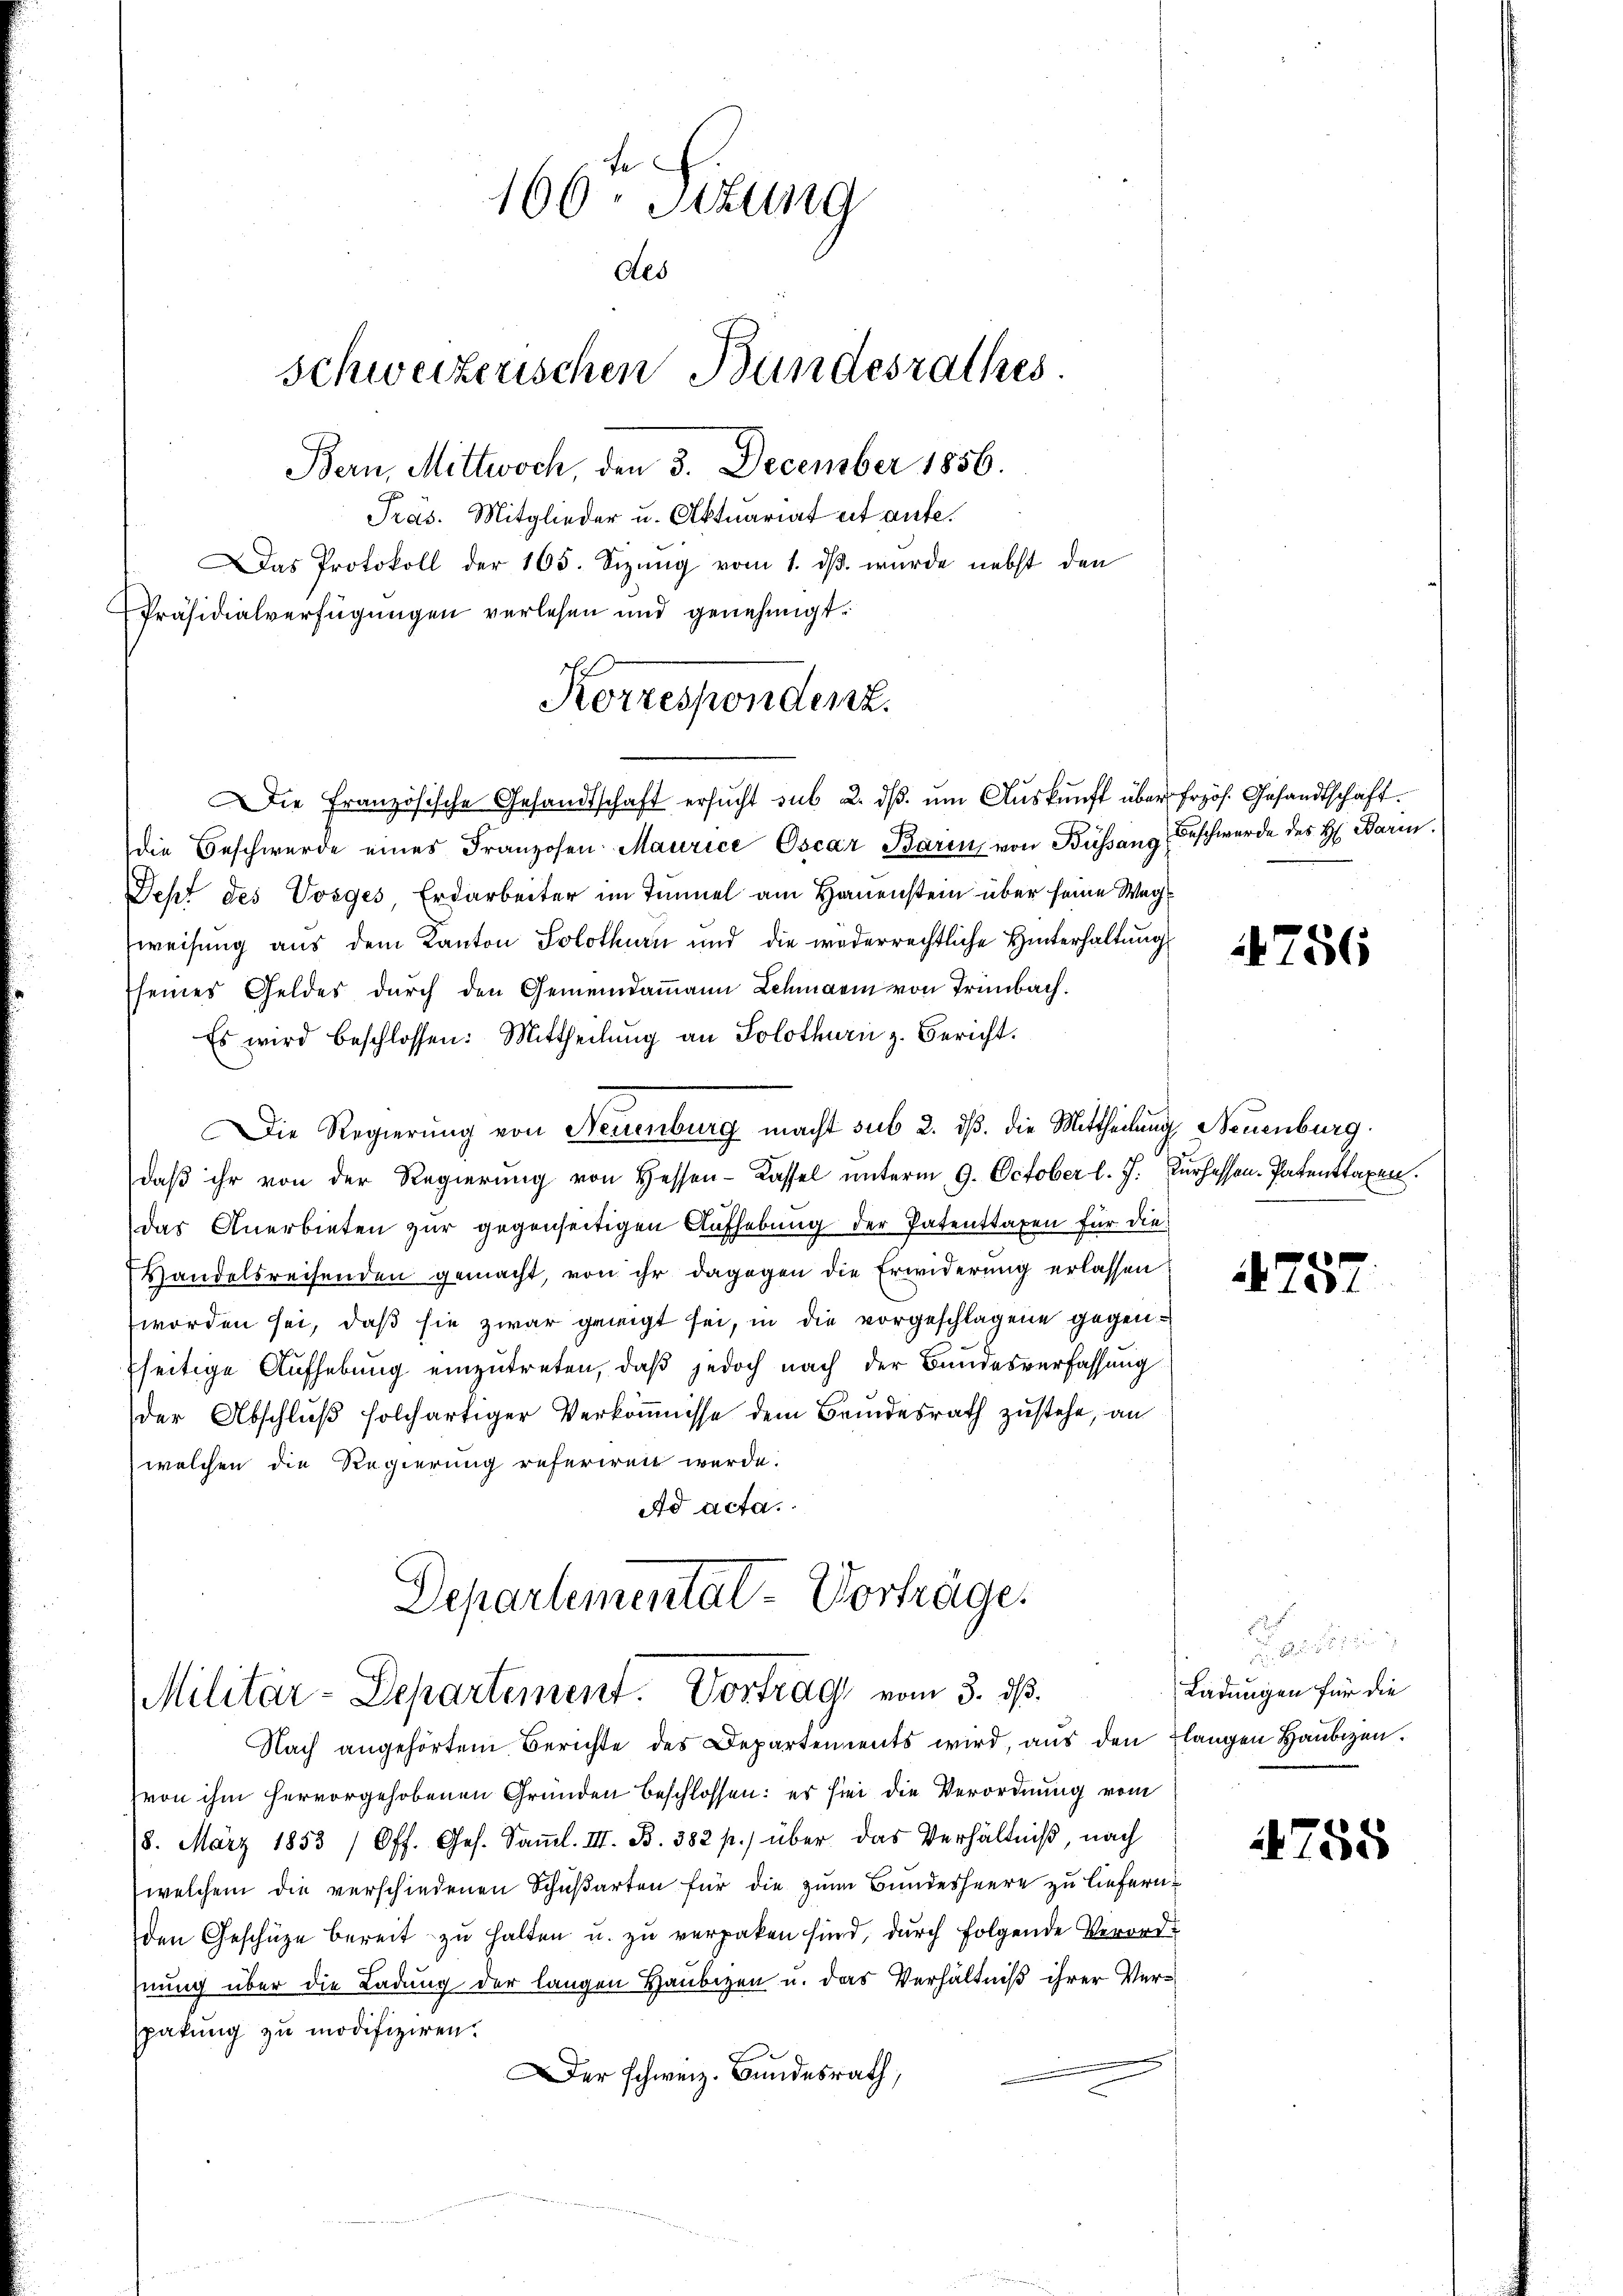
166. Sittung
Als
schweizerischen Bundesrathes.
Bern, Mittwoch, den 3. December 1856.
Pras. Mitglieder u. Aktuariat et aufe.
Das Protokoll der 165. Sizŭng vom 1. dβ. wurde nebst den
Präsidialverfügungen verlesen und genehmigt.

Die Französische Gesandtschaft ersŭcht sub 2. dβ. ŭm Aŭskŭnft über frzös. Gesandtschaft.
die Beschwerde eines Franzosen Maurice Oscar Barin, von Büssang
Jeht des Vorges Erdarbeiter im Tunnel am Hauenstein über seine Wegweisung aus dem Kanton Solothurn und die wederrechtliche Hinterhaltung
seines Geldes durch den Gemeindammann Schmann von Trünbach.
Es wird beschlossen: Mittheilŭng an Solothurn z. Bericht.
Die Regierung von Neuenburg macht sub 2. dß. die Mittheilung Neuenburg.
daß ihr von der Regierung von Hessen-Kassel unterm 9. October l. J. Kurhessen-Patenttaxen.
das Anerbieten zur gegenseitigen Aufhebung der Patenttaxen für die
Handelsreisenden gemacht, von ihr dagegen die Erwiderung erlassen
worden sei, daß sie zwar geneigt sei, in die vorgeschlagene gegenfseitige Aufhebung einzutreten, daß jedoch nach der Bundesverfassung
der Abschluß solchartiger Verkoṁnisse dem Brundesrath zustehe, an
welchen die Regierung referiren werde.
Ad acta.
Departementat-Vorträge.

Korrespondenz.

Militär-Departement. Vortrag vom 3. ds.

Nach angehörtem Berichte des Departements wird, aus den Flangen Haubigen.
von ihm hervorgehobenen Gründen beschlossen: es sei die Verordnung vom
18. März 1853 (Off. Ges. Saṁl. III. B. 382 p. über das Verhältniß, nach
welchem die verschiedenen Schußarten für die zum Bundesheere zu liefern.
den Geschüze bereit zu halten u. zu verpaken sind, durch folgende Verordhnung über die Ladung der langen Haubizen u. das Verhältniß ihrer Verspakung zu modifiziren.
er schweiz. Bundesrath,

Beschwerde des H: Bari.

756

4757

i
Ladungen für die

758